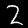
Label: 2